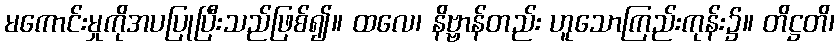
မကောင်းမှုကိုအပပြုပြီးသည်ဖြစ်၍။ ထလေ၊ နိဗ္ဗာန်တည်း ဟူသောကြည်းကုန်း၌။ တိဋ္ဌတိ၊